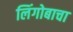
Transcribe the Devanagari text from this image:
लिंगोबाचा